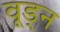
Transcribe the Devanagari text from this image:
वूड्न